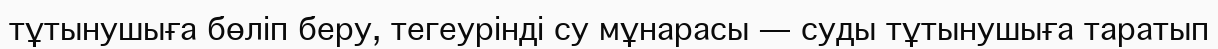
тұтынушыға бөліп беру, тегеурінді су мұнарасы — суды тұтынушыға таратып